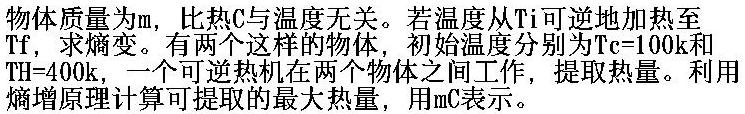
物体质量为$m$，比热$C$与温度无关。若温度从$T_i$可逆地加热至$T_f$，求熵变。有两个这样的物体，初始温度分别为$T_C = 100\text{k}$和$T_H = 400\text{k}$，一个可逆热机在两个物体之间工作，提取热量。利用熵增原理计算可提取的最大热量，用$mC$表示。